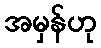
အမှန်ဟု